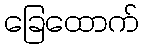
ခြေထောက်